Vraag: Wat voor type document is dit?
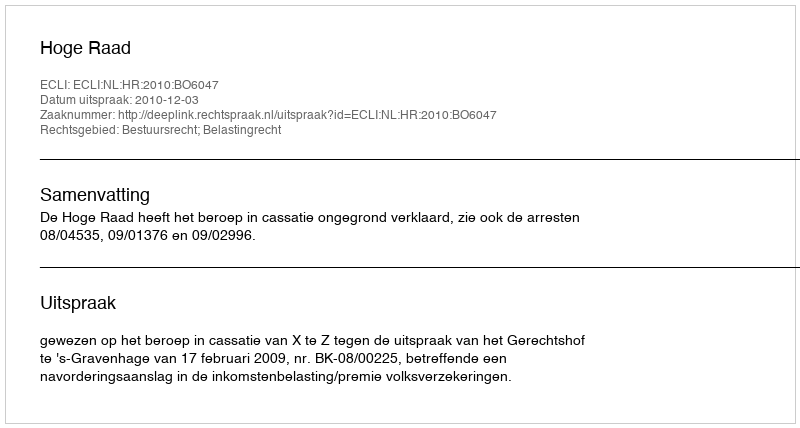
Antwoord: Uitspraak